Lunatic asylums Madras 1892-1911 - 1892-1911
Year: 1892
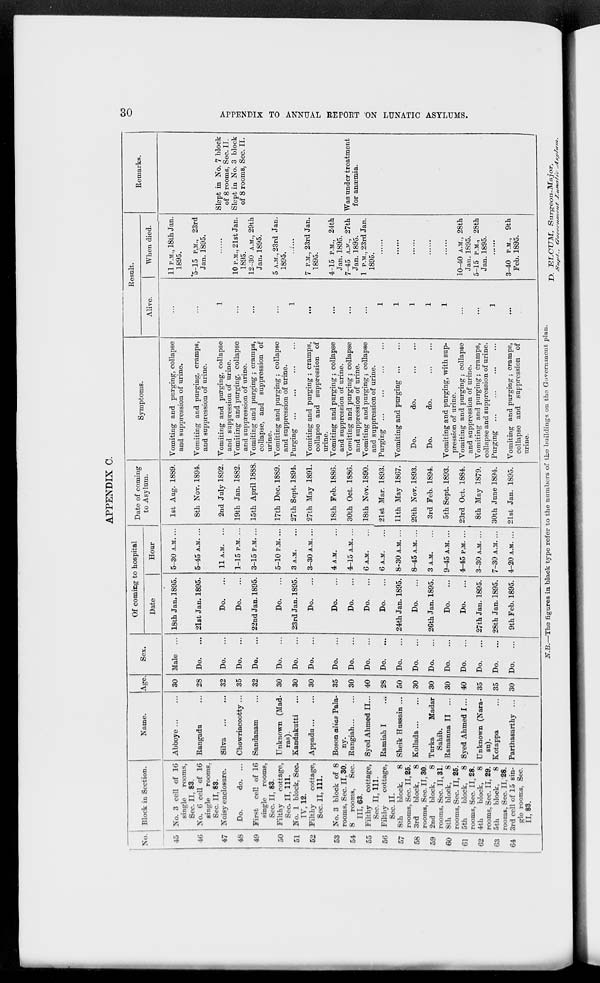
30
APPENDIX TO ANNUAL REPORT ON LUNATIC ASYLUMS.
APPENDIX C.
No.
45
46
47
48
49
50
51
52
53
54
55
56
57
58
59
60
61
62
63
64
Block in Section.
No. 3 cell of 16
single
rooms,
Sec. II, 83.
No. 6 cell of 16
single
rooms.
Sec. II, 83.
Noisy enclosure.
Do.
do. ...
First cell of 16
single
rooms,
Sec. II, 83.
Filthy
cottage,
Sec. II, 111.
No. 1 block. Sec.
IV, 12.
Filthy
cottage,
Sec. II, 111.
No. 3 block of 8
rooms, Sec. II, 30.
8
rooms,
Sec.
III, 63.
Filthy
cottage,
Sec. II, 111.
Filthy
cottage,
Sec. II.
8th
block,
8
rooms, Sec. II,25.
3rd
block,
8
rooms, Sec. II, 30.
2nd
block,
8
rooms, Sec. II, 31.
8th
block,
8
rooms, Sec. II, 25.
5th
block,
8
rooms, Sec. II, 28.
4th
block,
8
rooms, Sec. II, 29.
5th
block,
8
rooms, Sec. II, 28.
3rd cell of 15 sin-
gle rooms. Sec.
II, 83.
Name.
Abboye
...
...
Rangadu ...
Silva
...
...
Chowriacootty ...
Sandanam ...
Unknown (Mad-
ras).
Kandakutti ...
Appadu ... ...
Boson alias Pala-
ny.
Rungiah ... ...
Syed Ahmed II ...
Ramiah I ...
Sheik Hnssain ...
Kollada
...
...
Turka
Madar
Sahib.
Ramanna II ...
Syed Ahmed I...
Unknown (Nara-
su).
Kotappa ...
Parthasarthy ...
Age
30
28
32
35
32
30
30
30
35
30
40
28
50
30
30
30
40
35
35
30
Sex.
Male ...
Do. ...
Do.
...
Do.
...
Do.
...
Do. ...
Do. ...
Do. ...
Do.
...
Do. ...
Do.
...
Do. ...
Do. ...
Do.
...
Do.
...
Do.
...
Do.
...
Do.
...
Do. ...
Do.
...
Of coming to hospital
Date
18th Jan. 1895.
21st Jan. 1895.
Do. ...
Do. ...
22nd Jan. 1895.
Do. ...
23rd Jan. 1895.
Do. ...
Do. ...
Do. ...
Do. ...
Do. ...
24th Jan. 1895.
Do.
...
26th Jan. 1895.
Do. ...
Do. ...
27th Jan. 1895.
28th Jan. 1895.
9th Feb. 1895.
Hour
5—30 A.M.. ...
5—45 A.M. ...
11 A.M. ...
1—15 P.M. ...
3—15 P.M. ...
5—10 P.M. ...
3 A.M. ...
3—30 A.M. ...
4 A.M. ...
4—15 A.M. ...
6 A.M. ...
6 A.M. ...
8—30 A.M. ...
8—45 A.M. ...
3 A.M. ...
9—45A.M. ...
4—45 P.M. ...
3—30 A.M. ...
7—30 A.M. ...
4—20 A.M. ...
Date of coming
to Asylum.
1st Aug. 1889.
8th Nov. 1894.
2nd July 1892.
19th Jan. 1882.
15th April 1888.
17th Dec. 1889.
27th Sept. 1894.
27th May 1891.
18th Feb. 1886.
30th Oct. 1886.
18th Nov. 1890.
21st Mar. 1893.
11th May 1867.
29th Nov. 1893.
3rd Feb. 1894.
5th Sept. 1893.
23rd Oct. 1884.
8th May 1879.
30th June 1894.
21st Jan. 1895.
Symptoms.
Vomiting and purging, collapse
and suppression of urine.
Vomiting and purging, cramps,
and suppression of urine.
Vomiting and purging, collapse
and suppression of urine.
Vomiting and purging, collapse
and suppression of urine.
Vomiting and purging ; cramps,
collapse, and suppression of
urine.
Vomiting and purging ; collapse
and suppression of urine.
Purging
...
...
...
...
Vomiting and purging ; cramps,
collapse and suppression of
urine.
Vomiting and purging ; collapse
and suppression of urine.
Vomiting and purging ; collapse
and suppression of urine.
Vomiting and purging ; collapse
and suppression of urine.
Purging ... ... ... ...
Vomiting and purging ... ...
Do.
do.
...
...
Do.
do.
...
...
Vomiting and purging, with sup-
pression of urine.
Vomiting and purging ; collapse
and suppression of urine.
Vomiting and purging ; cramps,
collapse and suppression of urine.
Purging
...
...
...
...
Vomiting and purging ; cramps,
collapse and suppression of
urine.
Result.
Alive.
...
...
1
...
...
...
1
...
...
...
...
1
1
1
1
1
...
...
1
...
When died.
11 P.M., 18th Jan.
1895.
5—15 P.M., 23rd
Jan. 1895.
......
10 P.M., 21st Jan.
1895.
12—30 A.M., 29th
Jan. 1895.
5 A.M., 23rd Jan.
1895.
......
7 P.M., 23rd Jan.
1895.
4—15P.M., 24th
Jan. 1895.
7—45 A.M., 27th
Jan. 1895.
1 P.M., 23rd Jan.
1895.
......
......
......
......
......
10—40 A.M., 28th
Jan. 1895.
5—15 P.M., 28th
Jan. 1895.
......
3—40 P.M., 9th
Feb. 1895.
Remarks.
Slept in No. 7 block
of 8 rooms, Sec. II.
Slept in No. 3 block
of 8 rooms, Sec. II.
Was under treatment
for anæmia.
.
N.B.—The figures in black type refer to the numbers of the buildings on the Government plan.
D. ELCUM, Surgeon-Major,
Supt., Government Lunatic Asylum.